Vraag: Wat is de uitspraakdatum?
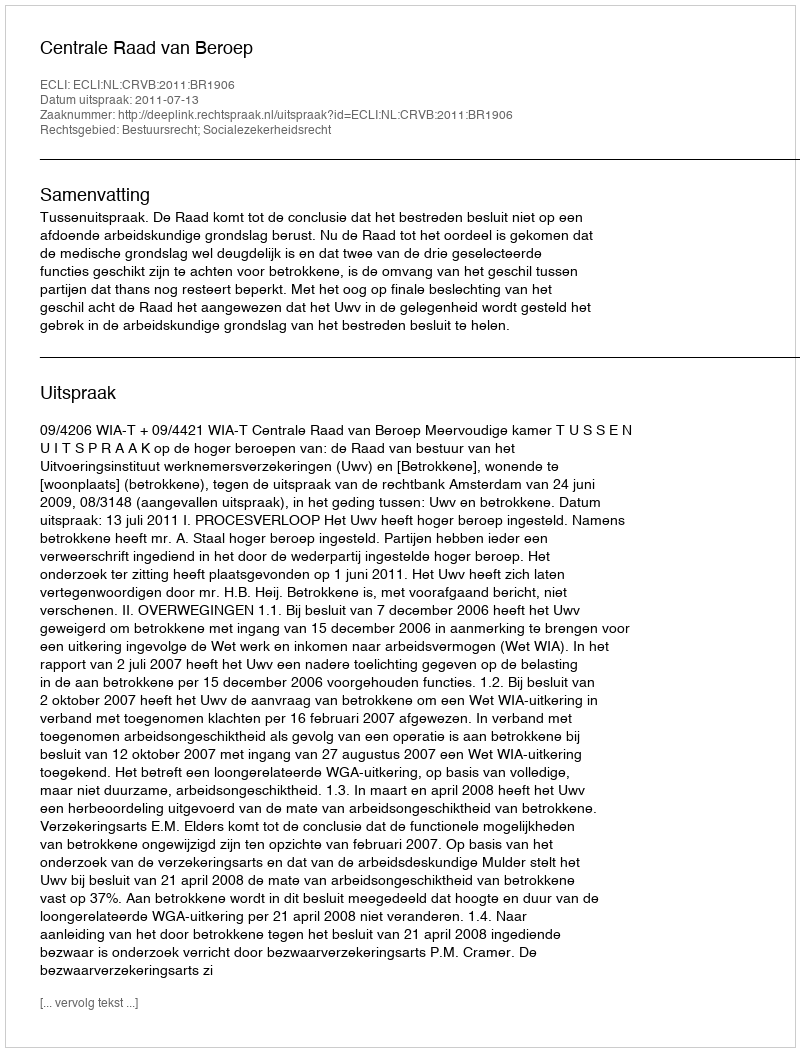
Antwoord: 2011-07-13